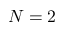
N = 2